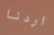
اردنا